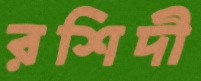
রশিদী